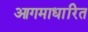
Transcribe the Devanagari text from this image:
आगमाधारित